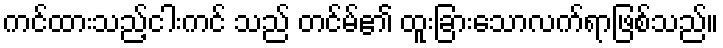
ကင်ထားသည့်ငါးကင် သည် တင်မ်၏ ထူးခြားသောလက်ရာဖြစ်သည်။